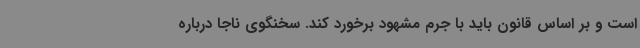
است و بر اساس قانون باید با جرم مشهود برخورد کند. سخنگوی ناجا درباره